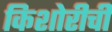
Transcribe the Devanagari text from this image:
किशोरीची